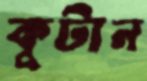
কুটান